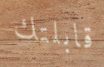
قابلتك